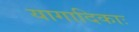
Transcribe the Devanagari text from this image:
यागादिकाः